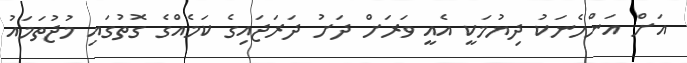
އަށް އަންހެނަކު ދިޔުމަކީ އެއީ ވަރަށް ދަށު ދަރަޖައިގެ ކަމެއްގެ ގޮތުގައި މުޖުތަމައު